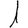
Digit: 1